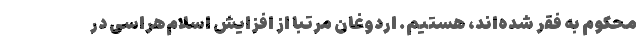
محکوم به فقر شده‌اند، هستیم. اردوغان مرتبا از افزایش اسلام‌هراسی در